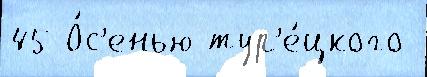
45 О́с'енью тур'е́цкого